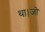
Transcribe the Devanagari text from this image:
था।जो